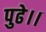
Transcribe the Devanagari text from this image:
पुढे।।